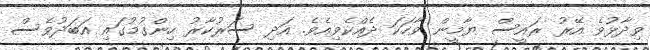
ވިދާޅުވެ އޭރު ރައީސް ޔާމީން ވާހަކަ ދެއްކެވިއެވެ. އަދި ސަރުކާރު ހިންގުމުގައި އަބަދުވެސް